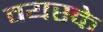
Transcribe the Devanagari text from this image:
वयस्के